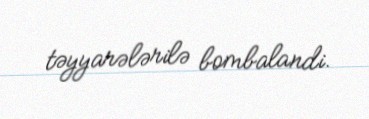
təyyarələrilə bombalandi.